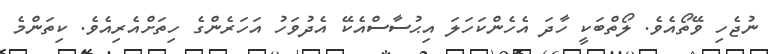
ނުޖެހި ވޭތޯއެވެ. ލޯތްބަކީ ހާދަ އެހެންކަހަލަ އިޙުސާސްއެކޭ އެދުވަހު އަހަރެންގެ ހިތަށްއެރިއެވެ. ކިތަންމެ